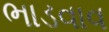
ભાડવાવ